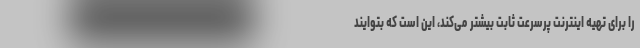
را برای تهیه اینترنت پرسرعت ثابت بیشتر می‌کند، این است که بتوایند